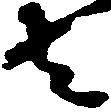
者